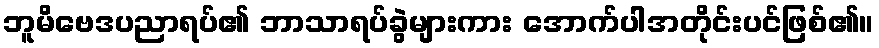
ဘူမိဗေဒပညာရပ်၏ ဘာသာရပ်ခွဲများကား အောက်ပါအတိုင်းပင်ဖြစ်၏။